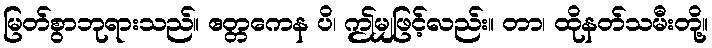
မြတ်စွာဘုရားသည်။ ဧတ္တကေန ပိ၊ ဤမျှဖြင့်လည်း။ တာ၊ ထိုနတ်သမီးတို့။